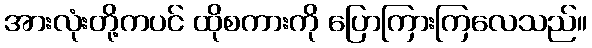
အားလုံးတို့ကပင် ထိုစကားကို ပြောကြားကြလေသည်။